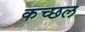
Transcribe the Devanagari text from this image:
कच्छल